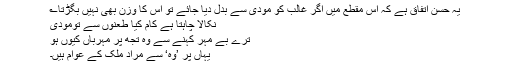
یہ حسن اتفاق ہے کہ اس مقطع میں اگر غالب کو مودی سے بدل دیا جائے تو اس کا وزن بھی نہیں بگڑتا؎
نکالا چاہتا ہے کام کیا طعنوں سے تُومودی
ترے بے مہر کہنے سے وہ تجھ پر مہرباں کیوں ہو
یہاں پر ’وہ‘ سے مراد ملک کے عوام ہیں۔